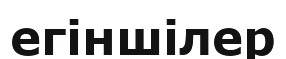
егіншілер